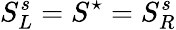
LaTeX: S_{L}^{s}=S^{\star}=S_{R}^{s}